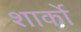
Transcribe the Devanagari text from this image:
शार्को